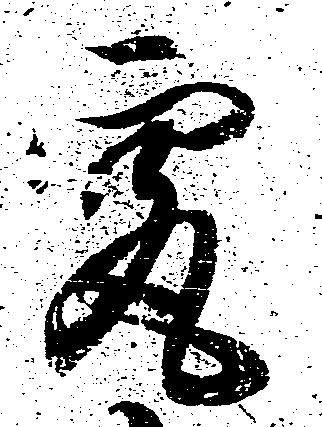
究